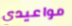
مواعيدي